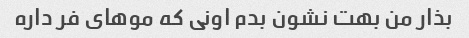
بذار من بهت نشون بدم اونی که موهای فر داره